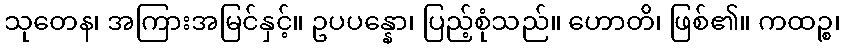
သုတေန၊ အကြားအမြင်နှင့်။ ဥပပန္နော၊ ပြည့်စုံသည်။ ဟောတိ၊ ဖြစ်၏။ ကထဉ္စ၊